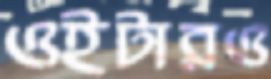
ওইটারও